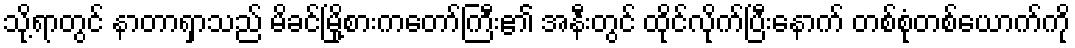
သို့ရာတွင် နာတာရှာသည် မိခင်မြို့စားကတော်ကြီး၏ အနီးတွင် ထိုင်လိုက်ပြီးနောက် တစ်စုံတစ်ယောက်ကို